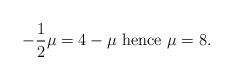
LaTeX: \begin{align*}-\frac{1}{2}\mu=4-\mu \mbox{ hence }\mu=8.\end{align*}